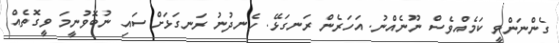
ގެންނަންވީ ކަމެއްވެސް ނޫނެއްނު. އަހަރެން ރަނގަޅޭ. ހެނދުނު ރަނގަޅަށް ސައި ނުބޮވުނީމަ ވީގޮތެއް